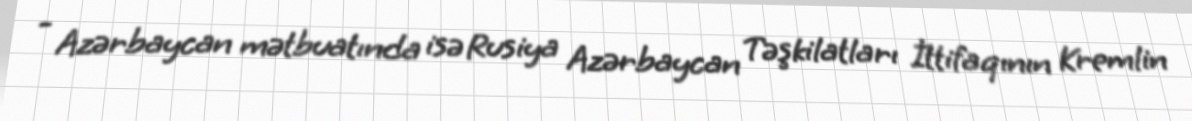
- Azərbaycan mətbuatında isə Rusiya Azərbaycan Təşkilatları İttifaqının Kremlin